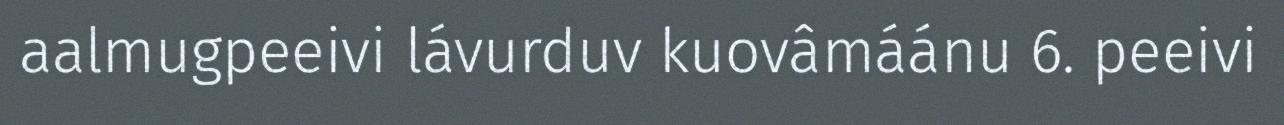
aalmugpeeivi lávurduv kuovâmáánu 6. peeivi